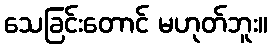
သေခြင်းတောင် မဟုတ်ဘူး။